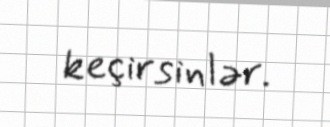
keçirsinlər.